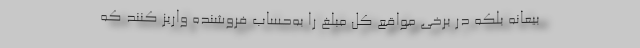
بیعانه بلکه در برخی مواقع کل مبلغ را به‌حساب فروشنده واریز کنند که